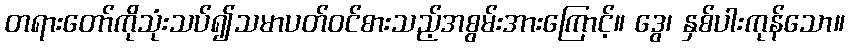
တရားတော်ကိုသုံးသပ်၍သမာပတ်ဝင်စားသည့်အစွမ်းအားကြောင့်။ ဒွေ၊ နှစ်ပါးကုန်သော။